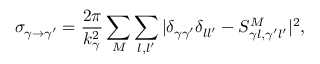
\sigma _ { \gamma \to \gamma ^ { \prime } } = \frac { 2 \pi } { k _ { \gamma } ^ { 2 } } \sum _ { M } \sum _ { l , l ^ { \prime } } | \delta _ { \gamma \gamma ^ { \prime } } \delta _ { l l ^ { \prime } } - S _ { \gamma l , \gamma ^ { \prime } l ^ { \prime } } ^ { M } | ^ { 2 } ,